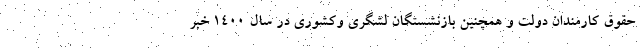
حقوق کارمندان دولت و همچنین بازنشستگان لشگری وکشوری در سال ۱۴۰۰ خبر